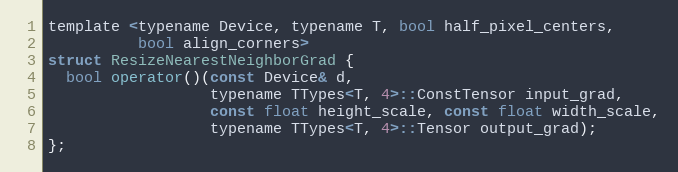
Language: C
template <typename Device, typename T, bool half_pixel_centers,
          bool align_corners>
struct ResizeNearestNeighborGrad {
  bool operator()(const Device& d,
                  typename TTypes<T, 4>::ConstTensor input_grad,
                  const float height_scale, const float width_scale,
                  typename TTypes<T, 4>::Tensor output_grad);
};